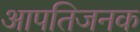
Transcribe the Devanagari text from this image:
आपतिजनक